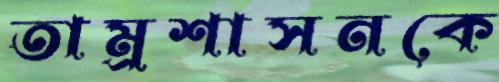
তাম্রশাসনকে